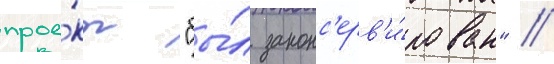
прое́кт "бы́л законс'ерв'и́рован" //